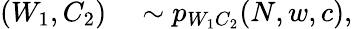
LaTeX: \begin{array}{rl}{(W_{1},C_{2})}&{{}\sim p_{W_{1}C_{2}}(N,w,c),}\end{array}